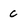
Character: c